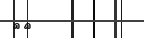
٩٩